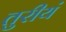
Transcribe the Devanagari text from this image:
तुरीयं